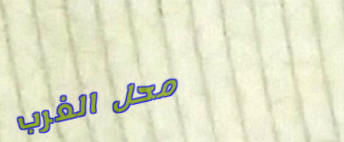
محل الغرب